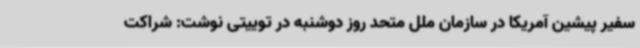
سفیر پیشین آمریکا در سازمان ملل متحد روز دوشنبه در توییتی نوشت: شراکت